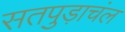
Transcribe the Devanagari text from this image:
सतपुड़ाचंल